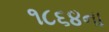
૧૮૬૪ના